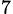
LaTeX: _7